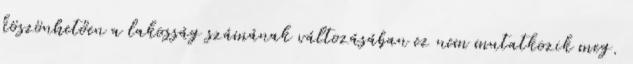
köszönhetően a lakosság számának változásában ez nem mutatkozik meg.